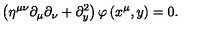
\left( \eta ^ { \mu \nu } \partial _ { \mu } \partial _ { \nu } + \partial _ { y } ^ { 2 } \right) \varphi \left( x ^ { \mu } , y \right) = 0 .